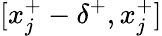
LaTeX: [x_{j}^{+}-\delta^{+},x_{j}^{+}]